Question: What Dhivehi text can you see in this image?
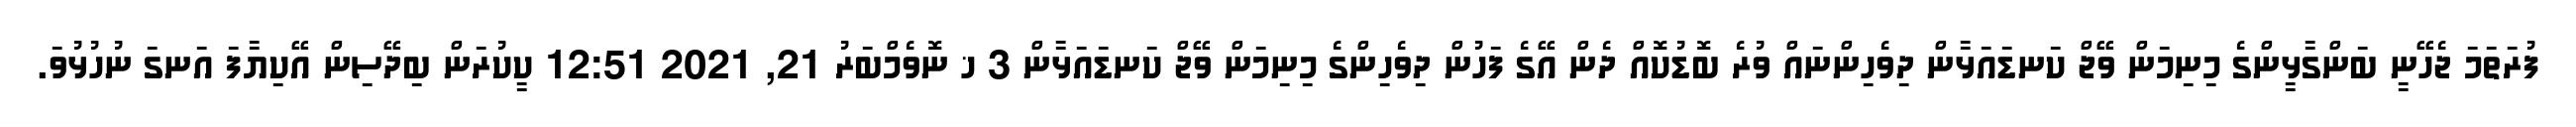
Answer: ފުރަތަމަ ޖެހޭނީ ބަންގާޅީންގެ މިނިމަން ވޭޖް ކަނޑައަޅާން ދިވެހިންނައް ވުރެ ބޮޑުކޮއް ދެން އޭގެ ފަހުން ދިވެހިންގެ މިނިމަން ވޭޖް ކަނޑައަޅާން 3 ޚ ނޮވެމްބަރު 21, 2021 12:51 ކީކުރަން ބިދޭސިން އޭކިޔާފަ އަނގަ ނުހުޅުވަ.